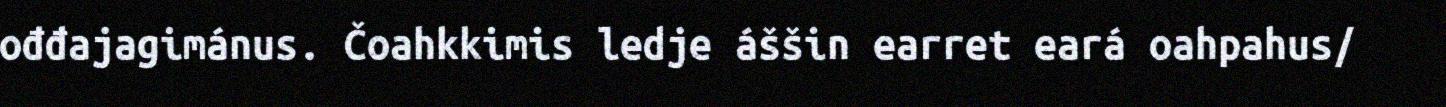
ođđajagimánus. Čoahkkimis ledje áššin earret eará oahpahus/